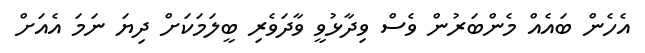
އެހެން ބައެއް މެންބަރުން ވެސް ވިދާޅުވީ ވާދަވެރި ބީލަމަކަށް ދިޔަ ނަމަ އެއަށް